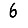
Digit: 6